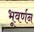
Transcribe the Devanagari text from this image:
भूवर्णन